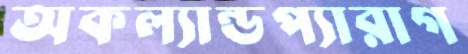
অকল্যান্ডপ্যারাগ